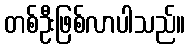
တစ်ဦးဖြစ်လာပါသည်။